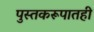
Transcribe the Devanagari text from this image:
पुस्तकरूपातही